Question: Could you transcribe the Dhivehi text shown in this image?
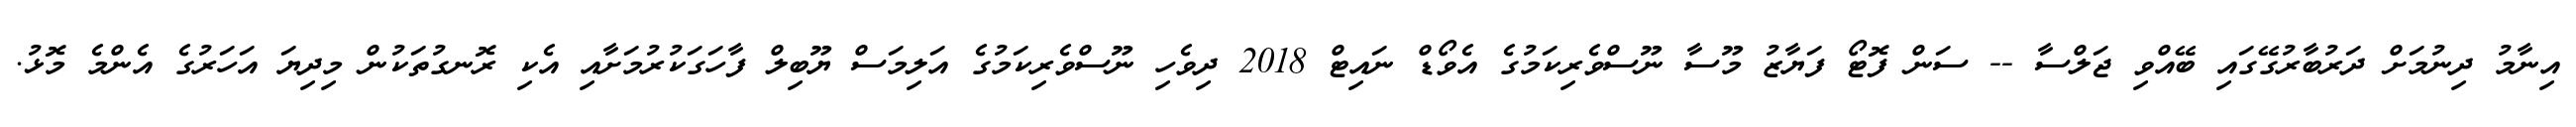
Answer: އިނާމު ދިނުމަށް ދަރުބާރުގޭގައި ބޭއްވި ޖަލްސާ -- ސަން ފޮޓޯ ފަޔާޒު މޫސާ ނޫސްވެރިކަމުގެ އެވޯޑް ނައިޓް 2018 ދިވެހި ނޫސްވެރިކަމުގެ އަލިމަސް ޔޫބިލް ފާހަގަކުރުމަށާއި އެކި ރޮނގުތަކުން މިދިޔަ އަހަރުގެ އެންމެ މޮޅު.